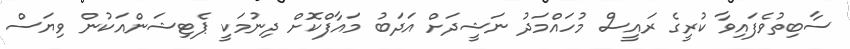
ސާބިތުވެފައިވާ ކުރީގެ ރައީސް މުހައްމަދު ނަޝީދަށް އަދަބު މައާފްކޮށް ދިނުމަކީ ޕެޓިޝަންއަކުން ވިޔަސް